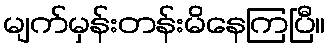
မျက်မှန်းတန်းမိနေကြပြီ။